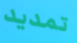
تمديد